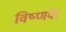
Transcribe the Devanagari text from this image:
विष्णवे।